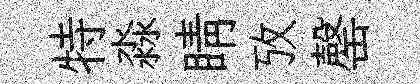
特淼睛攷罄